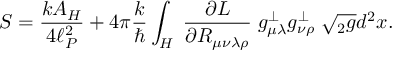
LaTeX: S = { \frac { k A _ { H } } { 4 \ell _ { P } ^ { 2 } } } + 4 \pi { \frac { k } { \hbar } } \int _ { H } \; { \frac { \partial { \cal L } } { \partial R _ { \mu \nu \lambda \rho } } } \; g _ { \mu \lambda } ^ { \perp } g _ { \nu \rho } ^ { \perp } \; \sqrt { { } _ { 2 } g } d ^ { 2 } x .